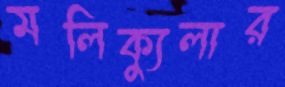
মলিক্যুলার